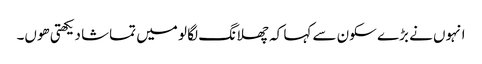
انہوں نے بڑے سکون سے کہا کہ چھلانگ لگا لو میں تماشا دیکھتی ھوں۔